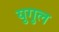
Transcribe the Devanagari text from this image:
युगुल